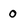
Character: 0